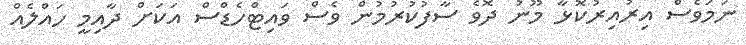
ނަމަވެސް އިރުއިރުކޮޅާ މޫނު ދޮވެ ސާފުކުރުމުން ވެސް ވައިޓްހެޑްސް އަކަށް ދާއިމީ ހައްލެއް